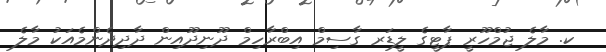
ކ. މާލެ ޖުމްހޫރީ ޕާޓީގެ ލީޑަރ ގާސިމް އިބްރާހިމް ދޫނިދޫއިން ދާދިދެންމެއަކު މާލެ